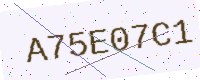
Text: A75E07C1